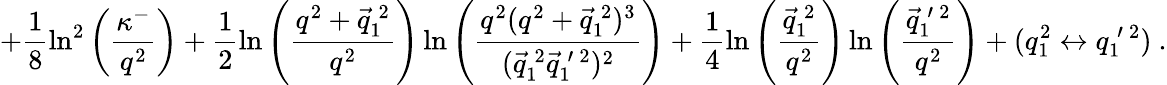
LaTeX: +\frac{1}{8}\ln^{2}\left(\frac{\kappa^{-}}{q^{2}}\right)+\frac{1}{2}\ln\left(\frac{q^{2}+\vec{q}_{1}^{\: 2}}{q^{2}}\right)\ln\left(\frac{q^{2}(q^{2}+\vec{q}_{1}^{\: 2})^{3}}{(\vec{q}_{1}^{\: 2}\vec{q}_{1}^{\: \prime\: 2})^{2}}\right)+\frac{1}{4}\ln\left(\frac{\vec{q}_{1}^{\: 2}}{q^{2}}\right)\ln\left(\frac{\vec{q}_{1}^{\: \prime\: 2}}{q^{2}}\right)+(q_{1}^{2}\leftrightarrow q_{1}^{\: \prime\: 2})~.